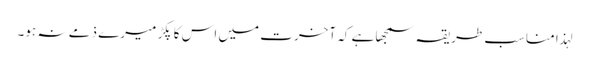
لہذا مناسب طریقہ سمجھا ہے کہ آخرت میں اس کا پکڑ میرے ذمے نہ ہو۔